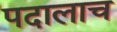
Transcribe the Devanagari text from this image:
पदालाच